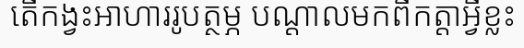
តើកង្វះអាហាររូបត្ថម្ភ បណ្តាលមកពីកត្តាអ្វីខ្លះ